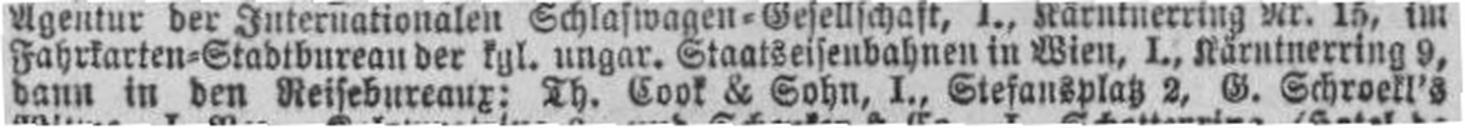
dann in den Reisebureaux: Th. Cook & Sohn, I., Stefansplatz 2, G. Schroekl's